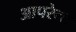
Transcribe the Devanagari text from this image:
आपरेन्ट